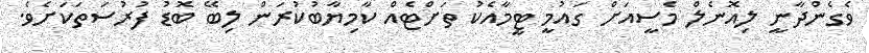
ވެގެންދާނީ ލިއޮނެލް މެސީއަށް ގައުމީ ޓީމާއެކު ތަށްޓެއް ކާމިޔާބުކުރަން ލިބޭ ބޮޑު ފުރުސަތަކަށެވެ.